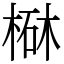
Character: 㮟